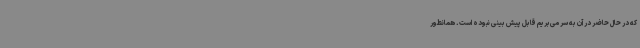
که در حال حاضر در آن به سر می‌بریم قابل پیش ‌بینی نبوده است. همانطور